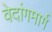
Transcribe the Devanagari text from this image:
वेदांगमार्ग